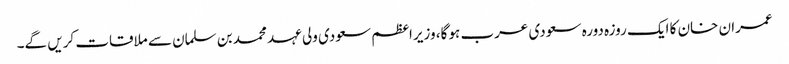
عمران خان کا ایک روزہ دورہ سعودی عرب ہو گا، وزیراعظم سعودی ولی عہد محمد بن سلمان سے ملاقات کریں گے۔